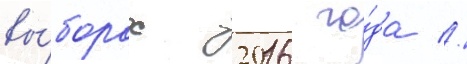
вы́борах 2016 го́да //